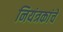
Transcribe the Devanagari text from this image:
नियंत्रकांचे